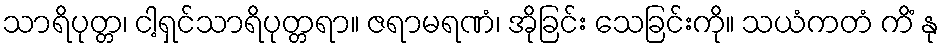
သာရိပုတ္တ၊ ငါ့ရှင်သာရိပုတ္တရာ။ ဇရာမရဏံ၊ အိုခြင်း သေခြင်းကို။ သယံကတံ ကိံ နု